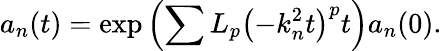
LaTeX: a_{n}(t)=\exp\left(\sum L_{p}\left(-k_{n}^{2}t\right)^{p}t\right)a_{n}(0).